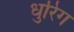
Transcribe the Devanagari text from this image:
धुरिंग